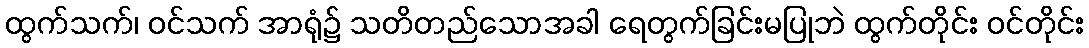
ထွက်သက်၊ ဝင်သက် အာရုံ၌ သတိတည်သောအခါ ရေတွက်ခြင်းမပြုဘဲ ထွက်တိုင်း ဝင်တိုင်း